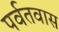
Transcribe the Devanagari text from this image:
पर्वतवास